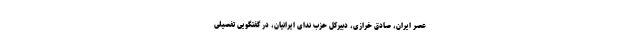
عصر ایران، صادق خرازی، دبیرکل حزب ندای ایرانیان، در گفتگویی تفصیلی